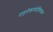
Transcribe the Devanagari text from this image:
राहतेकायदेविषयक